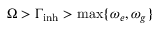
\Omega > \Gamma _ { \mathrm { i n h } } > \operatorname* { m a x } \{ \omega _ { e } , \omega _ { g } \}